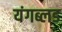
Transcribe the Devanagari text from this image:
यंगब्लड